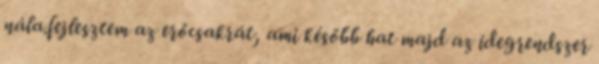
nála.fejlesztem az erőcsakrát, ami később hat majd az idegrendszer